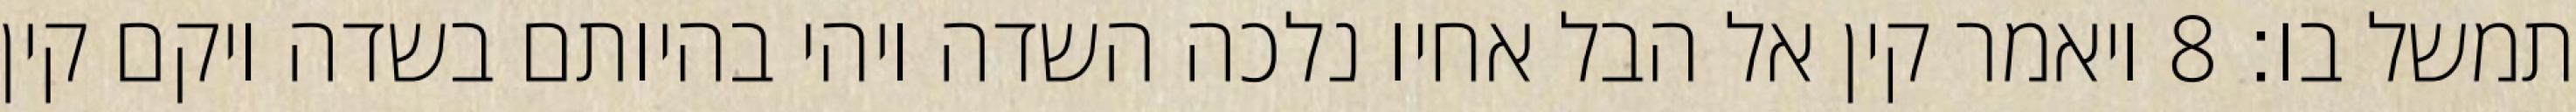
תמשל בו׃ ‎8‏ ויאמר קין אל הבל אחיו נלכה השדה ויהי בהיותם בשדה ויקם קין